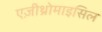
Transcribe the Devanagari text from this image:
एज़ीथ्रोमाइसिल